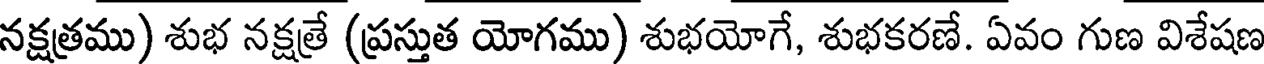
నక్షత్రము) శుభ నక్షత్రే (ప్రస్తుత యోగము) శుభయోగే, శుభకరణే. ఏవం గుణ విశేషణ